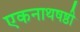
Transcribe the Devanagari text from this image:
एकनाथषष्ठी